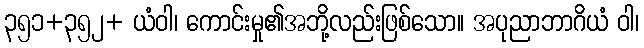
၃၅၁+၃၅၂+ ယံဝါ၊ ကောင်းမှု၏အဘို့လည်းဖြစ်သော။ အပုညာဘာဂိယံ ဝါ၊